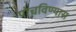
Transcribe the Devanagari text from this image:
पोचविण्यास